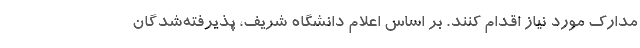
مدارک مورد نیاز اقدام کنند. بر اساس اعلام دانشگاه شریف، پذیرفته‌شدگان